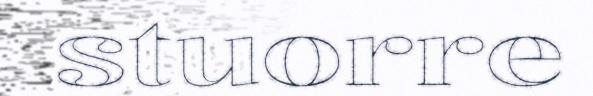
stuorre